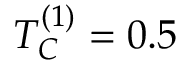
T _ { C } ^ { ( 1 ) } = 0 . 5